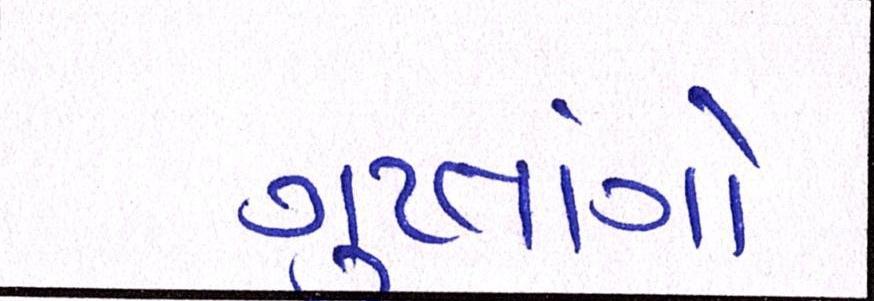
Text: ગુપ્તાંગ